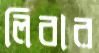
লিবার